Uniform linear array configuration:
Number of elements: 12
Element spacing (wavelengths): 0.25
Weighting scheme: binomial
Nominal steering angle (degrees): -30
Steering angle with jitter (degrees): -30.863
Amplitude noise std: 0.05
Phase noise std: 0.05

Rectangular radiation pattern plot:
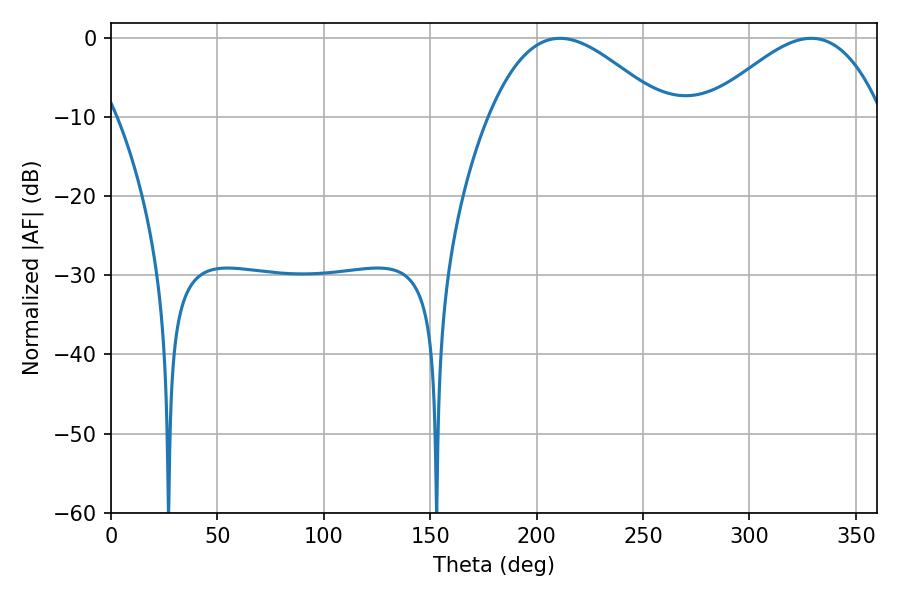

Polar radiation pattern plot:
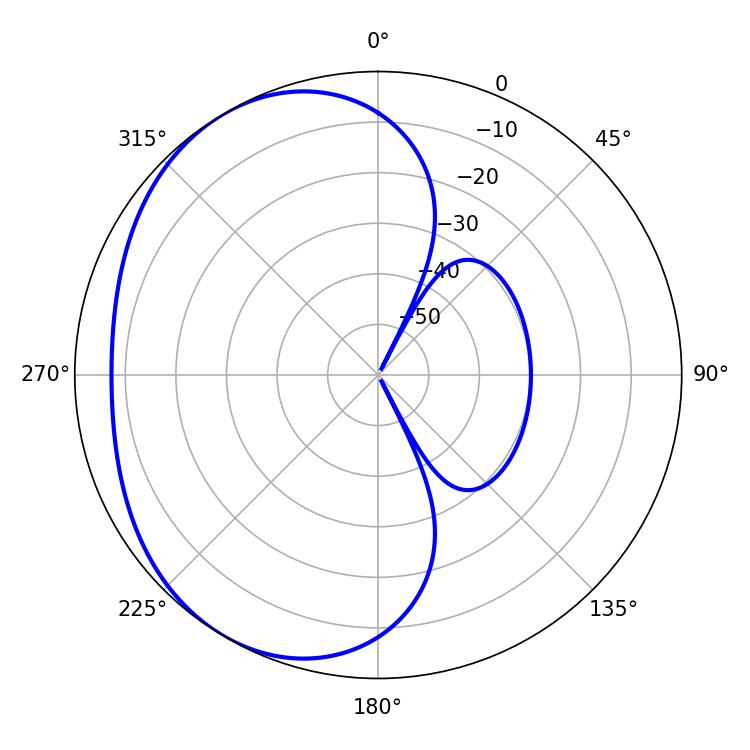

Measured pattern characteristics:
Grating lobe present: FALSE
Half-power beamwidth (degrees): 44.46
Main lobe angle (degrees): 210.96